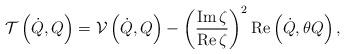
LaTeX: \begin{align*}\mathcal{T}\left( \dot{Q},Q\right) =\mathcal{V}\left( \dot{Q},Q\right)-\left( \frac{\operatorname{Im}\zeta}{\operatorname{Re}\zeta}\right)^{2}\operatorname{Re}\left( \dot{Q},\theta Q\right) , \end{align*}